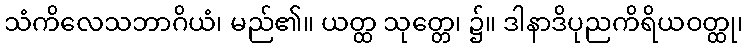
သံကိလေသဘာဂိယံ၊ မည်၏။ ယတ္ထ သုတ္တေ၊ ၌။ ဒါနာဒိပုညကိရိယဝတ္ထု၊